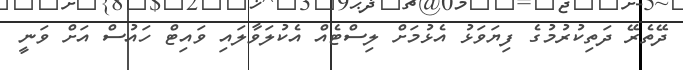
ދޭތެރޭ ދަތިކުރުމުގެ ފިޔަވަޅު އެޅުމަށް ލިސްޓެއް އެކުލަވާލައި ވައިޓް ހައުސް އަށް ވަނީ